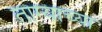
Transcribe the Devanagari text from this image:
ताग्याच्या